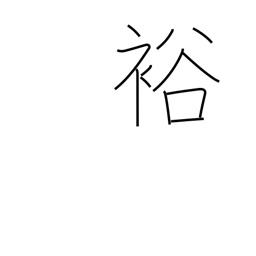
Meaning: fertile